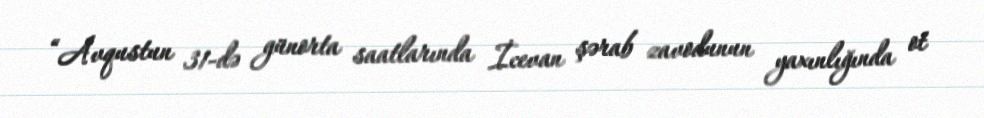
“Avqustun 31-də günorta saatlarında İcevan şərab zavodunun yaxınlığında ot